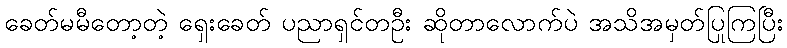
ခေတ်မမီတော့တဲ့ ရှေးခေတ် ပညာရှင်တဦး ဆိုတာလောက်ပဲ အသိအမှတ်ပြုကြပြီး